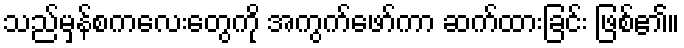
သည်မှန်စကလေးတွေကို အကွက်ဖော်ကာ ဆက်ထားခြင်း ဖြစ်၏။